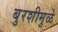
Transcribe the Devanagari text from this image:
बुरशीमुळे